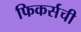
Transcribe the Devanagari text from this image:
फिकर्सची